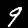
Label: 9